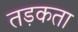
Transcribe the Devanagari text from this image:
तड़कता